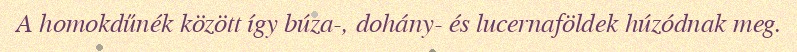
A homokdűnék között így búza-, dohány- és lucernaföldek húzódnak meg.